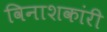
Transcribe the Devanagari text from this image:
विनाशकांरी